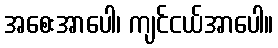
အစေးအာပေါ၊ ကျင်ငယ်အာပေါ။